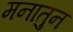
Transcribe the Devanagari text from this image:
मनातुन